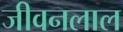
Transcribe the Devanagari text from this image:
जीवनलाल